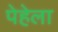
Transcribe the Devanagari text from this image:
पेहेला